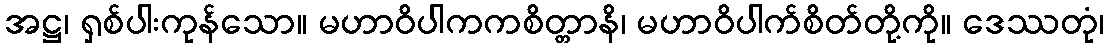
အဋ္ဌ၊ ရှစ်ပါးကုန်သော။ မဟာဝိပါကကစိတ္တာနိ၊ မဟာဝိပါက်စိတ်တို့ကို။ ဒေဿတုံ၊